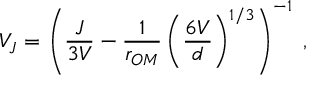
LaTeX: V _ { J } = \left( \frac { J } { 3 V } - \frac { 1 } { r _ { O M } } \left( \frac { 6 V } { d } \right) ^ { 1 / 3 } \right) ^ { - 1 } \; ,